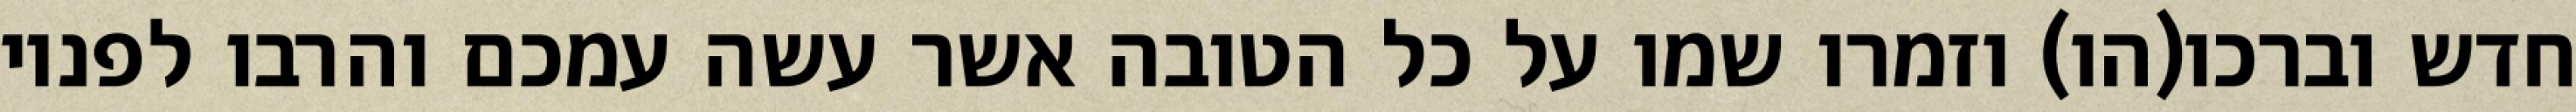
חדש וברכו(הו) וזמרו שמו על כל הטובה אשר עשה עמכם והרבו לפניו